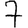
Digit: 7